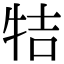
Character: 㸵